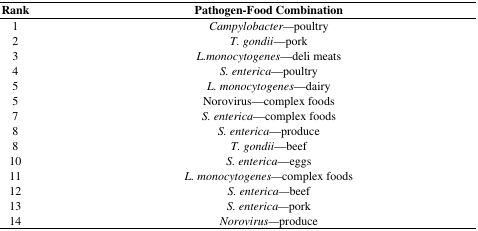
<table><thead><tr><td><b>Rank</b></td><td><b>Pathogen-Food Combination</b></td></tr></thead><tbody><tr><td>1</td><td><i>Campylobacter—</i>poultry</td></tr><tr><td>2</td><td><i>T. gondii</i>—pork</td></tr><tr><td>3</td><td><i>L.monocytogenes</i>—deli meats</td></tr><tr><td>4</td><td><i>S. enterica</i>—poultry</td></tr><tr><td>5</td><td><i>L. monocytogenes</i>—dairy</td></tr><tr><td>5</td><td>Norovirus—complex foods</td></tr><tr><td>7</td><td><i>S. enterica</i>—complex foods</td></tr><tr><td>8</td><td><i>S. enterica</i>—produce</td></tr><tr><td>8</td><td><i>T. gondii</i>—beef</td></tr><tr><td>10</td><td><i>S. enterica</i>—eggs</td></tr><tr><td>11</td><td><i>L. monocytogenes—</i>complex foods</td></tr><tr><td>12</td><td><i>S. enterica—</i>beef</td></tr><tr><td>13</td><td><i>S. enterica—</i>pork</td></tr><tr><td>14</td><td><i>Norovirus—</i>produce</td></tr></tbody></table>